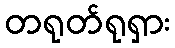
တရုတ်ရုရှား